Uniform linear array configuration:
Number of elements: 8
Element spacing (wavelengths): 0.75
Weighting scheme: hamming
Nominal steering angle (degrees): -45
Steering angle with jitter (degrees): -43.044
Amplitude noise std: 0.05
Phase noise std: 0.05

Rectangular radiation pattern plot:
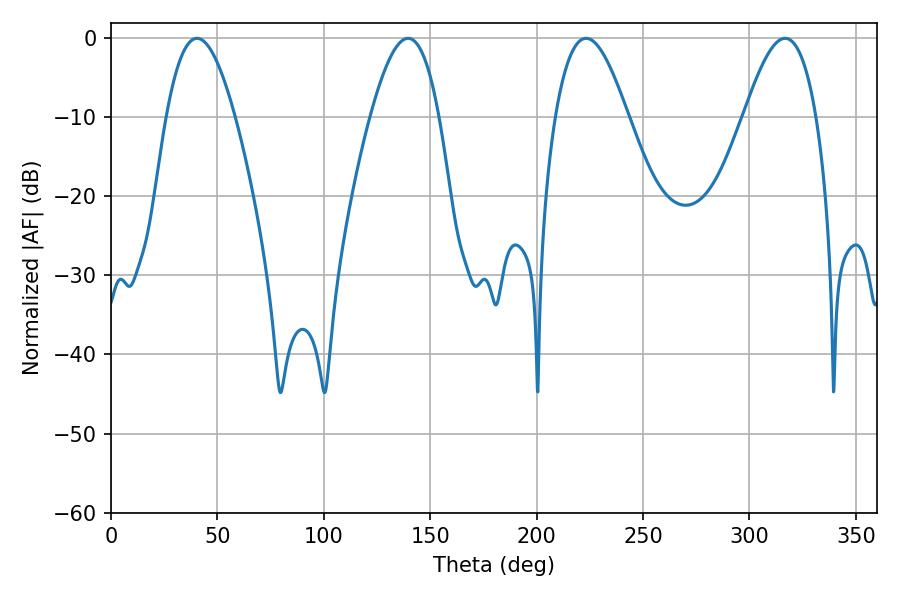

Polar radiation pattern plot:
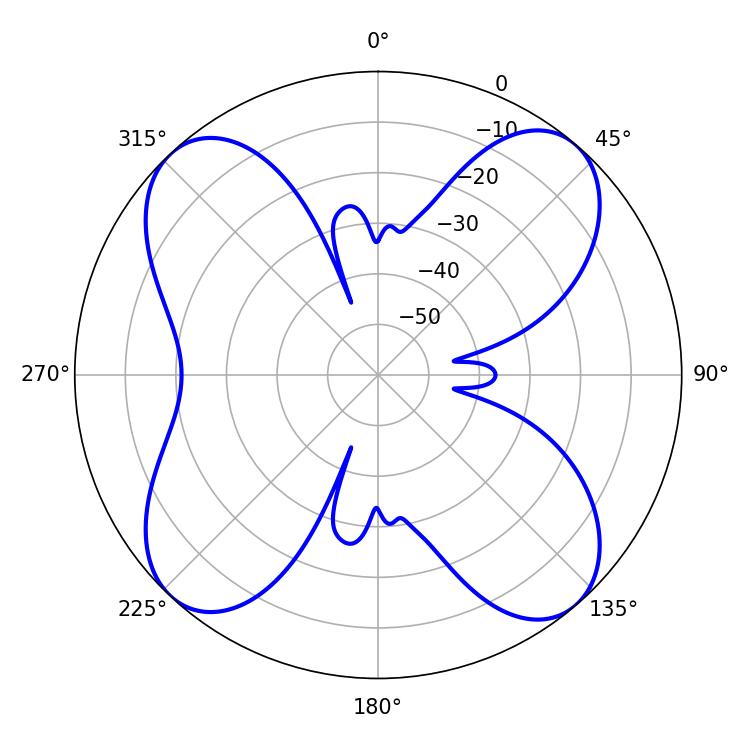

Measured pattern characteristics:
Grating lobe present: TRUE
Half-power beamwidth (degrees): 18.54
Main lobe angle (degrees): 223.2